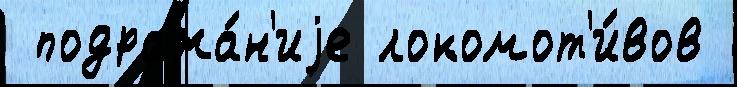
 подража́н'иjе локомот'и́вов